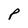
Character: P